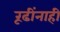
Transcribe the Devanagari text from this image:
रूढींनाही